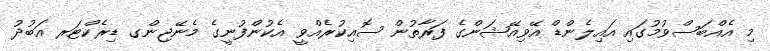
މި އެއްބަސްވުމުގައި އައިލެންޑް އޭވިއޭޝަންގެ ފަރާތުން ސޮއިކުރެއްވީ އެކުންފުނީގެ މެނޭޖިންގ ޑިރެކްޓަރ އަބުދު